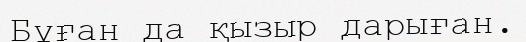
Бұған да қызыр дарыған.